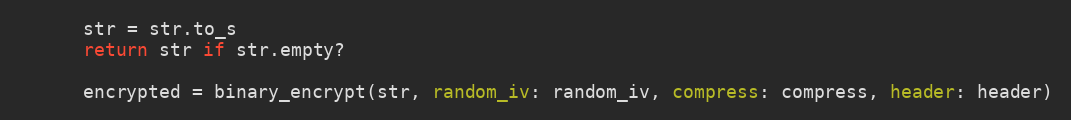
Language: Ruby
      str = str.to_s
      return str if str.empty?

      encrypted = binary_encrypt(str, random_iv: random_iv, compress: compress, header: header)